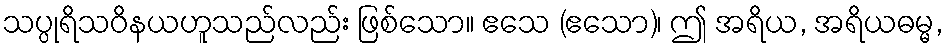
သပ္ပုရိသဝိနယဟူသည်လည်း ဖြစ်သော။ ဧသေ (ဧသော)၊ ဤ အရိယ, အရိယဓမ္မ,